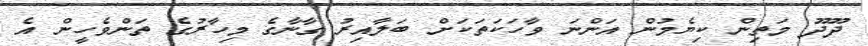
ދޫދޫ މަތިން ކިޔެމުން އަންނަ ވާހަކަތަކަށް ބަލާއިރު ގާނާގެ މިހާރުގެ ތަންވެހީން އެ